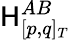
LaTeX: \mathsf{H}_{[p,q]_{T}}^{AB}